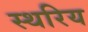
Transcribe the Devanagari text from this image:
स्थरिय